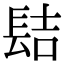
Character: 𨱻